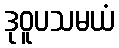
ဒုဝူပသမယံ